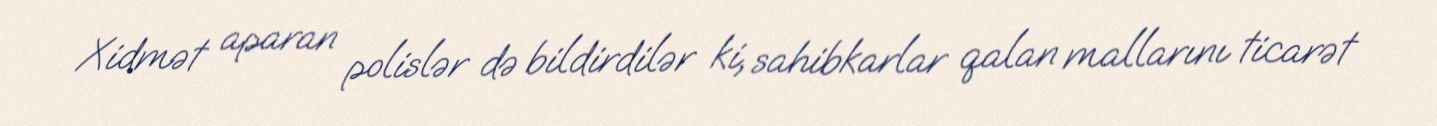
Xidmət aparan polislər də bildirdilər ki, sahibkarlar qalan mallarını ticarət